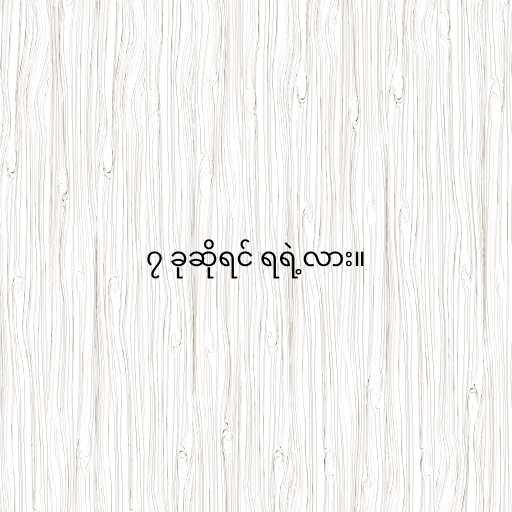
၇ ခုဆိုရင် ရရဲ့လား။